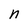
Character: n